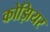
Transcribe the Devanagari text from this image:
कोझियर